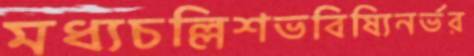
মধ্যচল্লিশভবিষ্যিনর্ভর